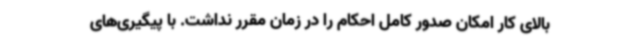
بالای کار امکان صدور کامل احکام را در زمان مقرر نداشت. با پیگیری‌های